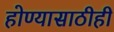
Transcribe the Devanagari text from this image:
होण्यासाठीही